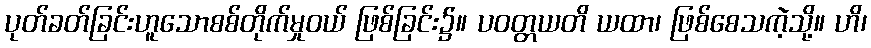
ပုတ်ခတ်ခြင်းဟူသောစစ်တိုက်မှုဝယ် ဖြစ်ခြင်း၌။ ပဝတ္တယတိ ယထာ၊ ဖြစ်စေသကဲ့သို့။ ဟိ၊